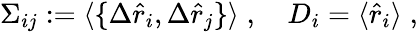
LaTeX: \begin{array}{r}{\Sigma_{ij}:=\langle\{ \Delta\hat{r}_{i},\Delta\hat{r}_{j}\} \rangle\; ,\quad D_{i}=\langle\hat{r}_{i}\rangle\; ,}\end{array}